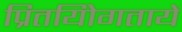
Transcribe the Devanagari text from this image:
प्रितयोिगतायें